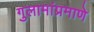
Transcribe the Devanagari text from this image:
गुलामांप्रमाणे